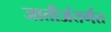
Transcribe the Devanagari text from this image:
जातीअंतर्गत